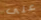
على